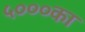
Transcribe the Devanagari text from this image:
५०००का